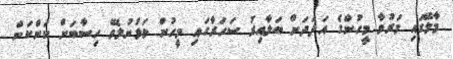
މާލޭގައި މަރުވާ މީހުންގެ އަދަދަށް ބަލާއިރު ސަހަރާގައި މީހުން ވަޅުނުލެވޭ ހިސާބަށް ކަންކަން